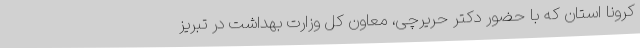
کرونا استان که با حضور دکتر حریرچی، معاون کل وزارت بهداشت در تبریز